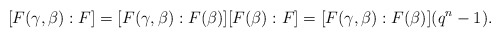
\begin{align*} [F(\gamma,\beta):F]=[F(\gamma,\beta):F(\beta)][F(\beta):F]=[F(\gamma,\beta):F(\beta)](q^n-1).\ \end{align*}